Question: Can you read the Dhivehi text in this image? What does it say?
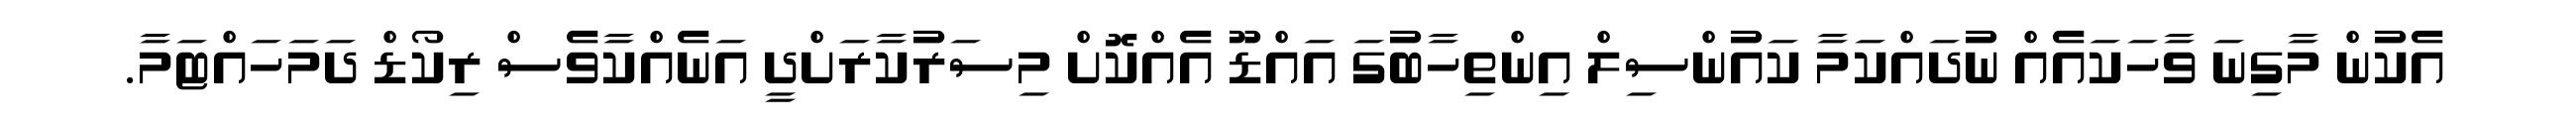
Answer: އެކުން މާގިނަ ވާހަކައެއް ނުދައްކަމާ ކައުންސިލް އިންތިހާބުގަ އައްޑޫ އެއްކޮށް މިސަރުކާރަށްދީ އަނެއްކާވެސް ރިކޯޑް ދަމަހައްޓަމާ.